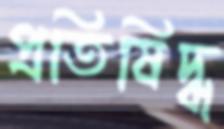
প্রতিষিদ্ধ